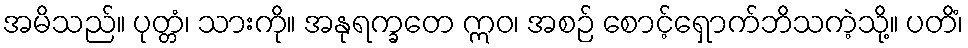
အမိသည်။ ပုတ္တံ၊ သားကို။ အနုရက္ခတေ ဣဝ၊ အစဉ် စောင့်ရှောက်ဘိသကဲ့သို့။ ပတိံ၊